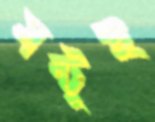
মন্টুই